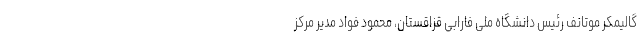
گالیمکر موتانف رئیس دانشگاه ملی فارابی قزاقستان، محمود فواد مدیر مرکز